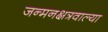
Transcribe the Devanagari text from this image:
जन्मनक्षत्रवाल्या